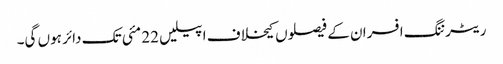
ریٹرننگ افسران کے فیصلوں کیخلاف اپیلیں 22 مئی تک دائر ہوں گی۔